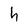
Character: h